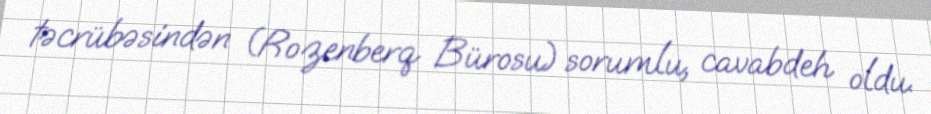
təcrübəsindən (Rozenberq Bürosu) sorumlu, cavabdeh oldu.